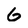
Character: 6